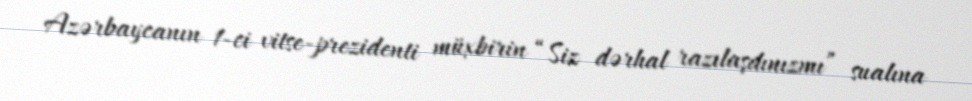
Azərbaycanın 1-ci vitse-prezidenti müxbirin “Siz dərhal razılaşdınızmı” sualına